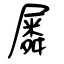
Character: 𡳞